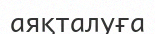
аяқталуға